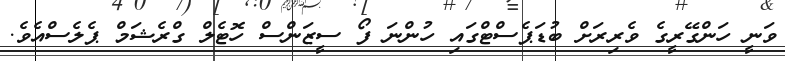
ވަނީ ހަންގޭރީގެ ވެރިރަށް ބުޑަޕެސްޓްގައި ހުންނަ ފޯ ސީޒަންސް ހޮޓެލް ގްރެޝަމް ޕެލެސްއެވެ.